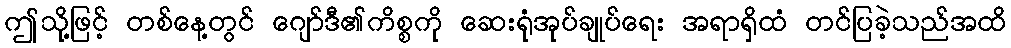
ဤသို့ဖြင့် တစ်နေ့တွင် ဂျော်ဒီ၏ကိစ္စကို ဆေးရုံအုပ်ချုပ်ရေး အရာရှိထံ တင်ပြခဲ့သည်အထိ